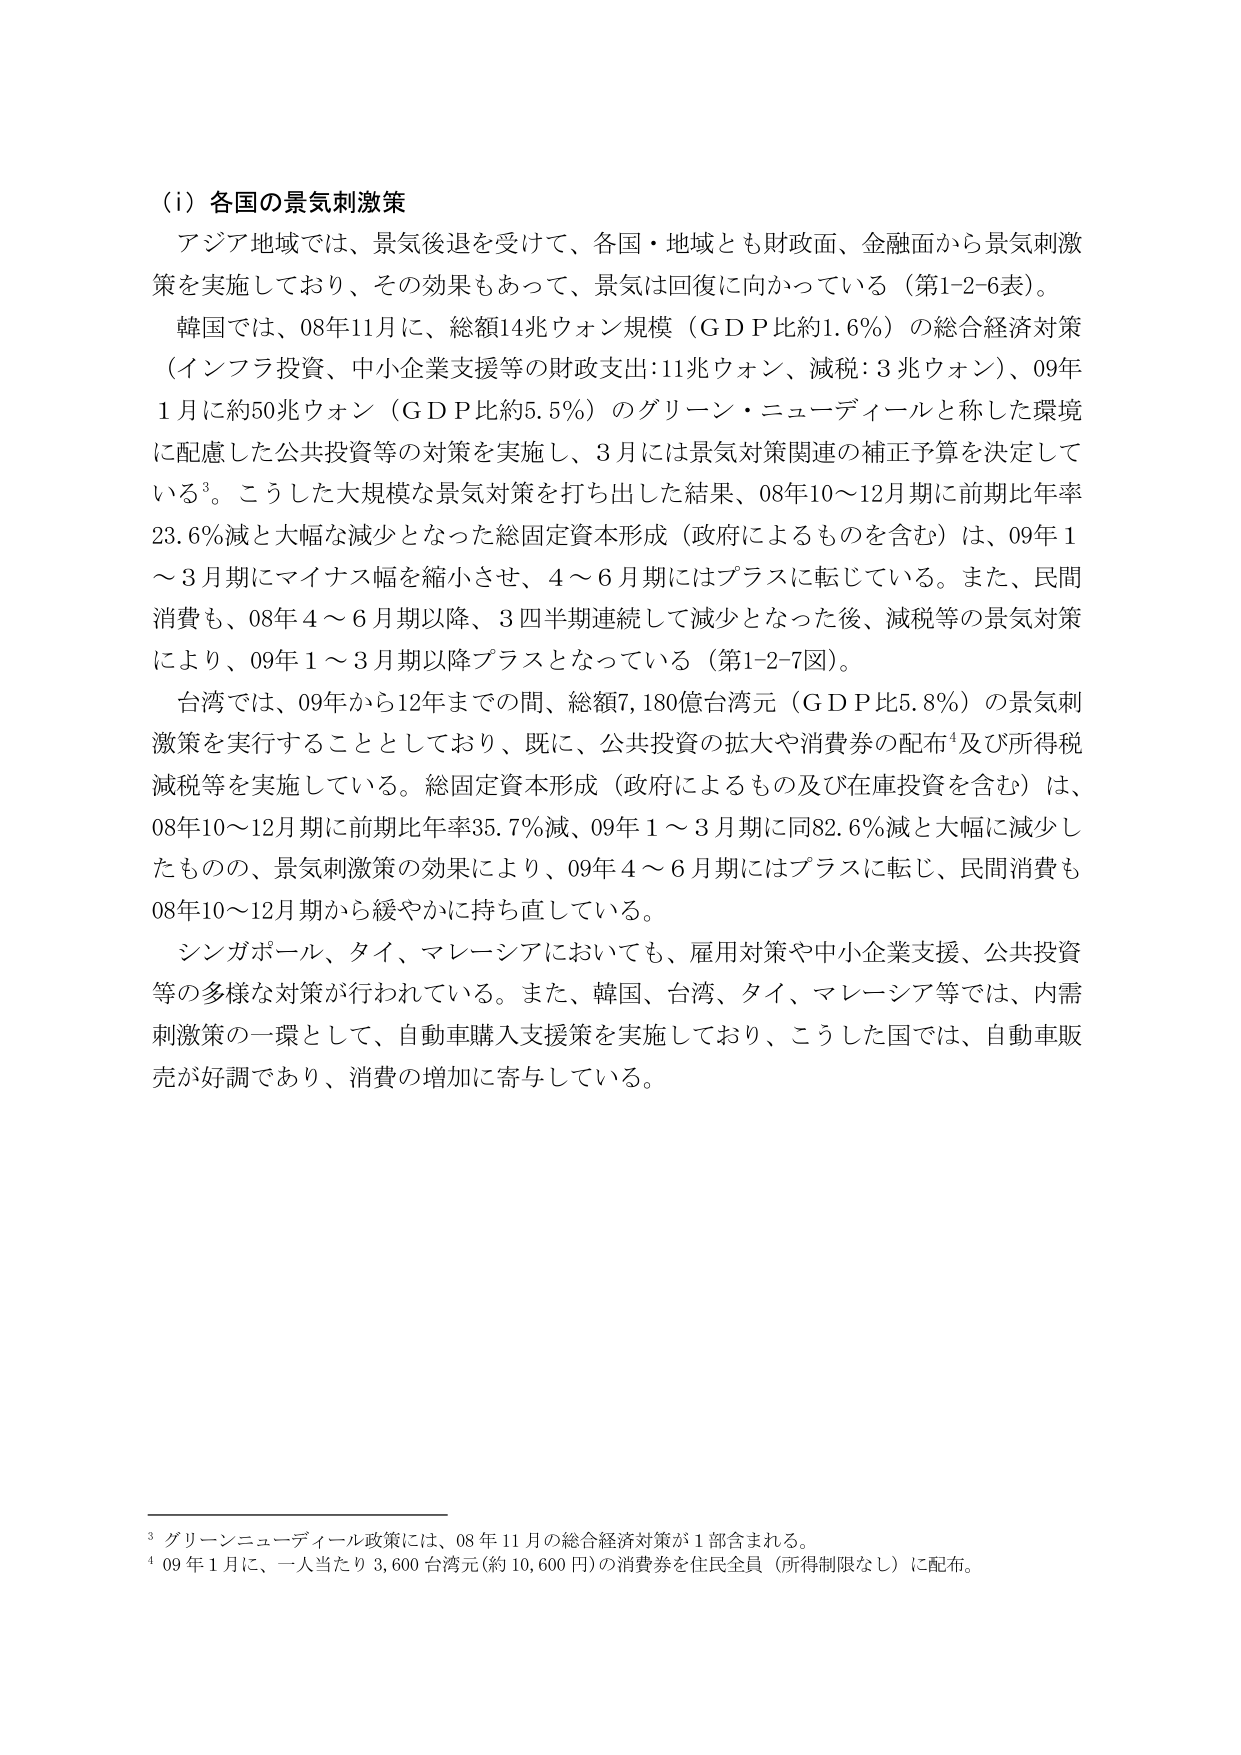
（i）各国の景気刺激策
アジア地域では、景気後退を受けて、各国・地域とも財政面、金融面から景気刺激策を実施しており、その効果もあって、景気は回復に向かっている（第1-2-6表）。
韓国では、08年11月に、総額14兆ウォン規模（ＧＤＰ比約1.6％）の総合経済対策（インフラ投資、中小企業支援等の財政支出：11兆ウォン、減税：3兆ウォン）、09年1月に約50兆ウォン（ＧＤＰ比約5.5％）のグリーン・ニューディールと称した環境に配慮した公共投資等の対策を実施し、3月には景気対策関連の補正予算を決定している³。こうした大規模な景気対策を打ち出した結果、08年10～12月期に前期比年率23.6％減と大幅な減少となった総固定資本形成（政府によるものを含む）は、09年1～3月期にマイナス幅を縮小させ、4～6月期にはプラスに転じている。また、民間消費も、08年4～6月期以降、3四半期連続して減少となった後、減税等の景気対策により、09年1～3月期以降プラスとなっている（第1-2-7図）。
台湾では、09年から12年までの間、総額7,180億台湾元（ＧＤＰ比5.8％）の景気刺激策を実行することとしており、既に、公共投資の拡大や消費券の配布⁴及び所得税減税等を実施している。総固定資本形成（政府によるもの及び在庫投資を含む）は、08年10～12月期に前期比年率35.7％減、09年1～3月期に同82.6％減と大幅に減少したものの、景気刺激策の効果により、09年4～6月期にはプラスに転じ、民間消費も08年10～12月期から緩やかに持ち直している。
シンガポール、タイ、マレーシアにおいても、雇用対策や中小企業支援、公共投資等の多様な対策が行われている。また、韓国、台湾、タイ、マレーシア等では、内需刺激策の一環として、自動車購入支援策を実施しており、こうした国では、自動車販売が好調であり、消費の増加に寄与している。

³ グリーンニューディール政策には、08年11月の総合経済対策が1部含まれる。
⁴ 09年1月に、一人当たり3,600台湾元（約10,600円）の消費券を住民全員（所得制限なし）に配布。